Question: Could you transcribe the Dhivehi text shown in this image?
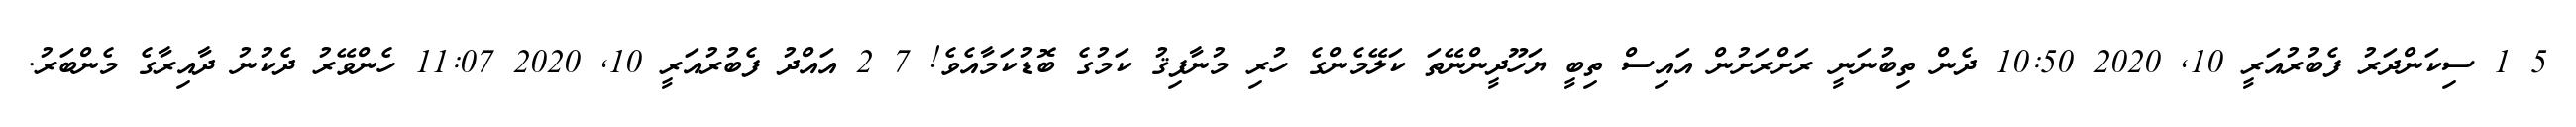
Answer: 5 1 ސިކަންދަރު ފެބުރުއަރީ 10, 2020 10:50 ދެން ތިބުނަނީ ރަށްރަށުން އައިސް ތިބީ ޔަހޫދީންނޭތަ ކަލޭމެންގެ ހުރި މުނާފިޤު ކަމުގެ ބޮޑުކަމާއެވެ! 7 2 އައްދު ފެބުރުއަރީ 10, 2020 11:07 ހެންވޭރު ދެކުނު ދާއިރާގެ މެންބަރު.